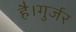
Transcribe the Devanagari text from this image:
है।गुर्जर